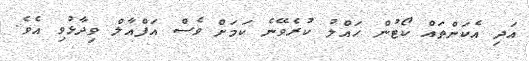
އަދި އެކަންތައް ކޯޓުން ހައްލު ކުރެވޭނެ ކަމަށް ވެސް އަފްއާލް ވިދާޅުވި އެވެ.